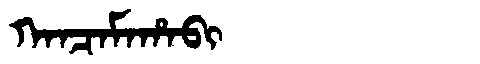
Manchu: ᡴᠠᠨᠴᠠᠮᠠᡥᠠᠪᡳ
Romanization: KANCAMAHABI